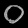
Digit: ၀